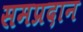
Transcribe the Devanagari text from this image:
समप्रदान